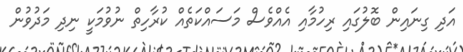
އަދި ގިނައިން ބޮލުގައި ރިހުމާއި އެއްވެސް މަސައްކަތެއް ކުރާހިތް ނުވުމަކީ ނިދި މަދުވުން